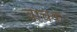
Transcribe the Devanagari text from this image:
वाचकः